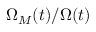
\Omega _ { M } ( t ) / \Omega ( t )